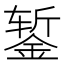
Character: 錾